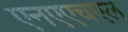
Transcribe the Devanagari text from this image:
एनएएचएल